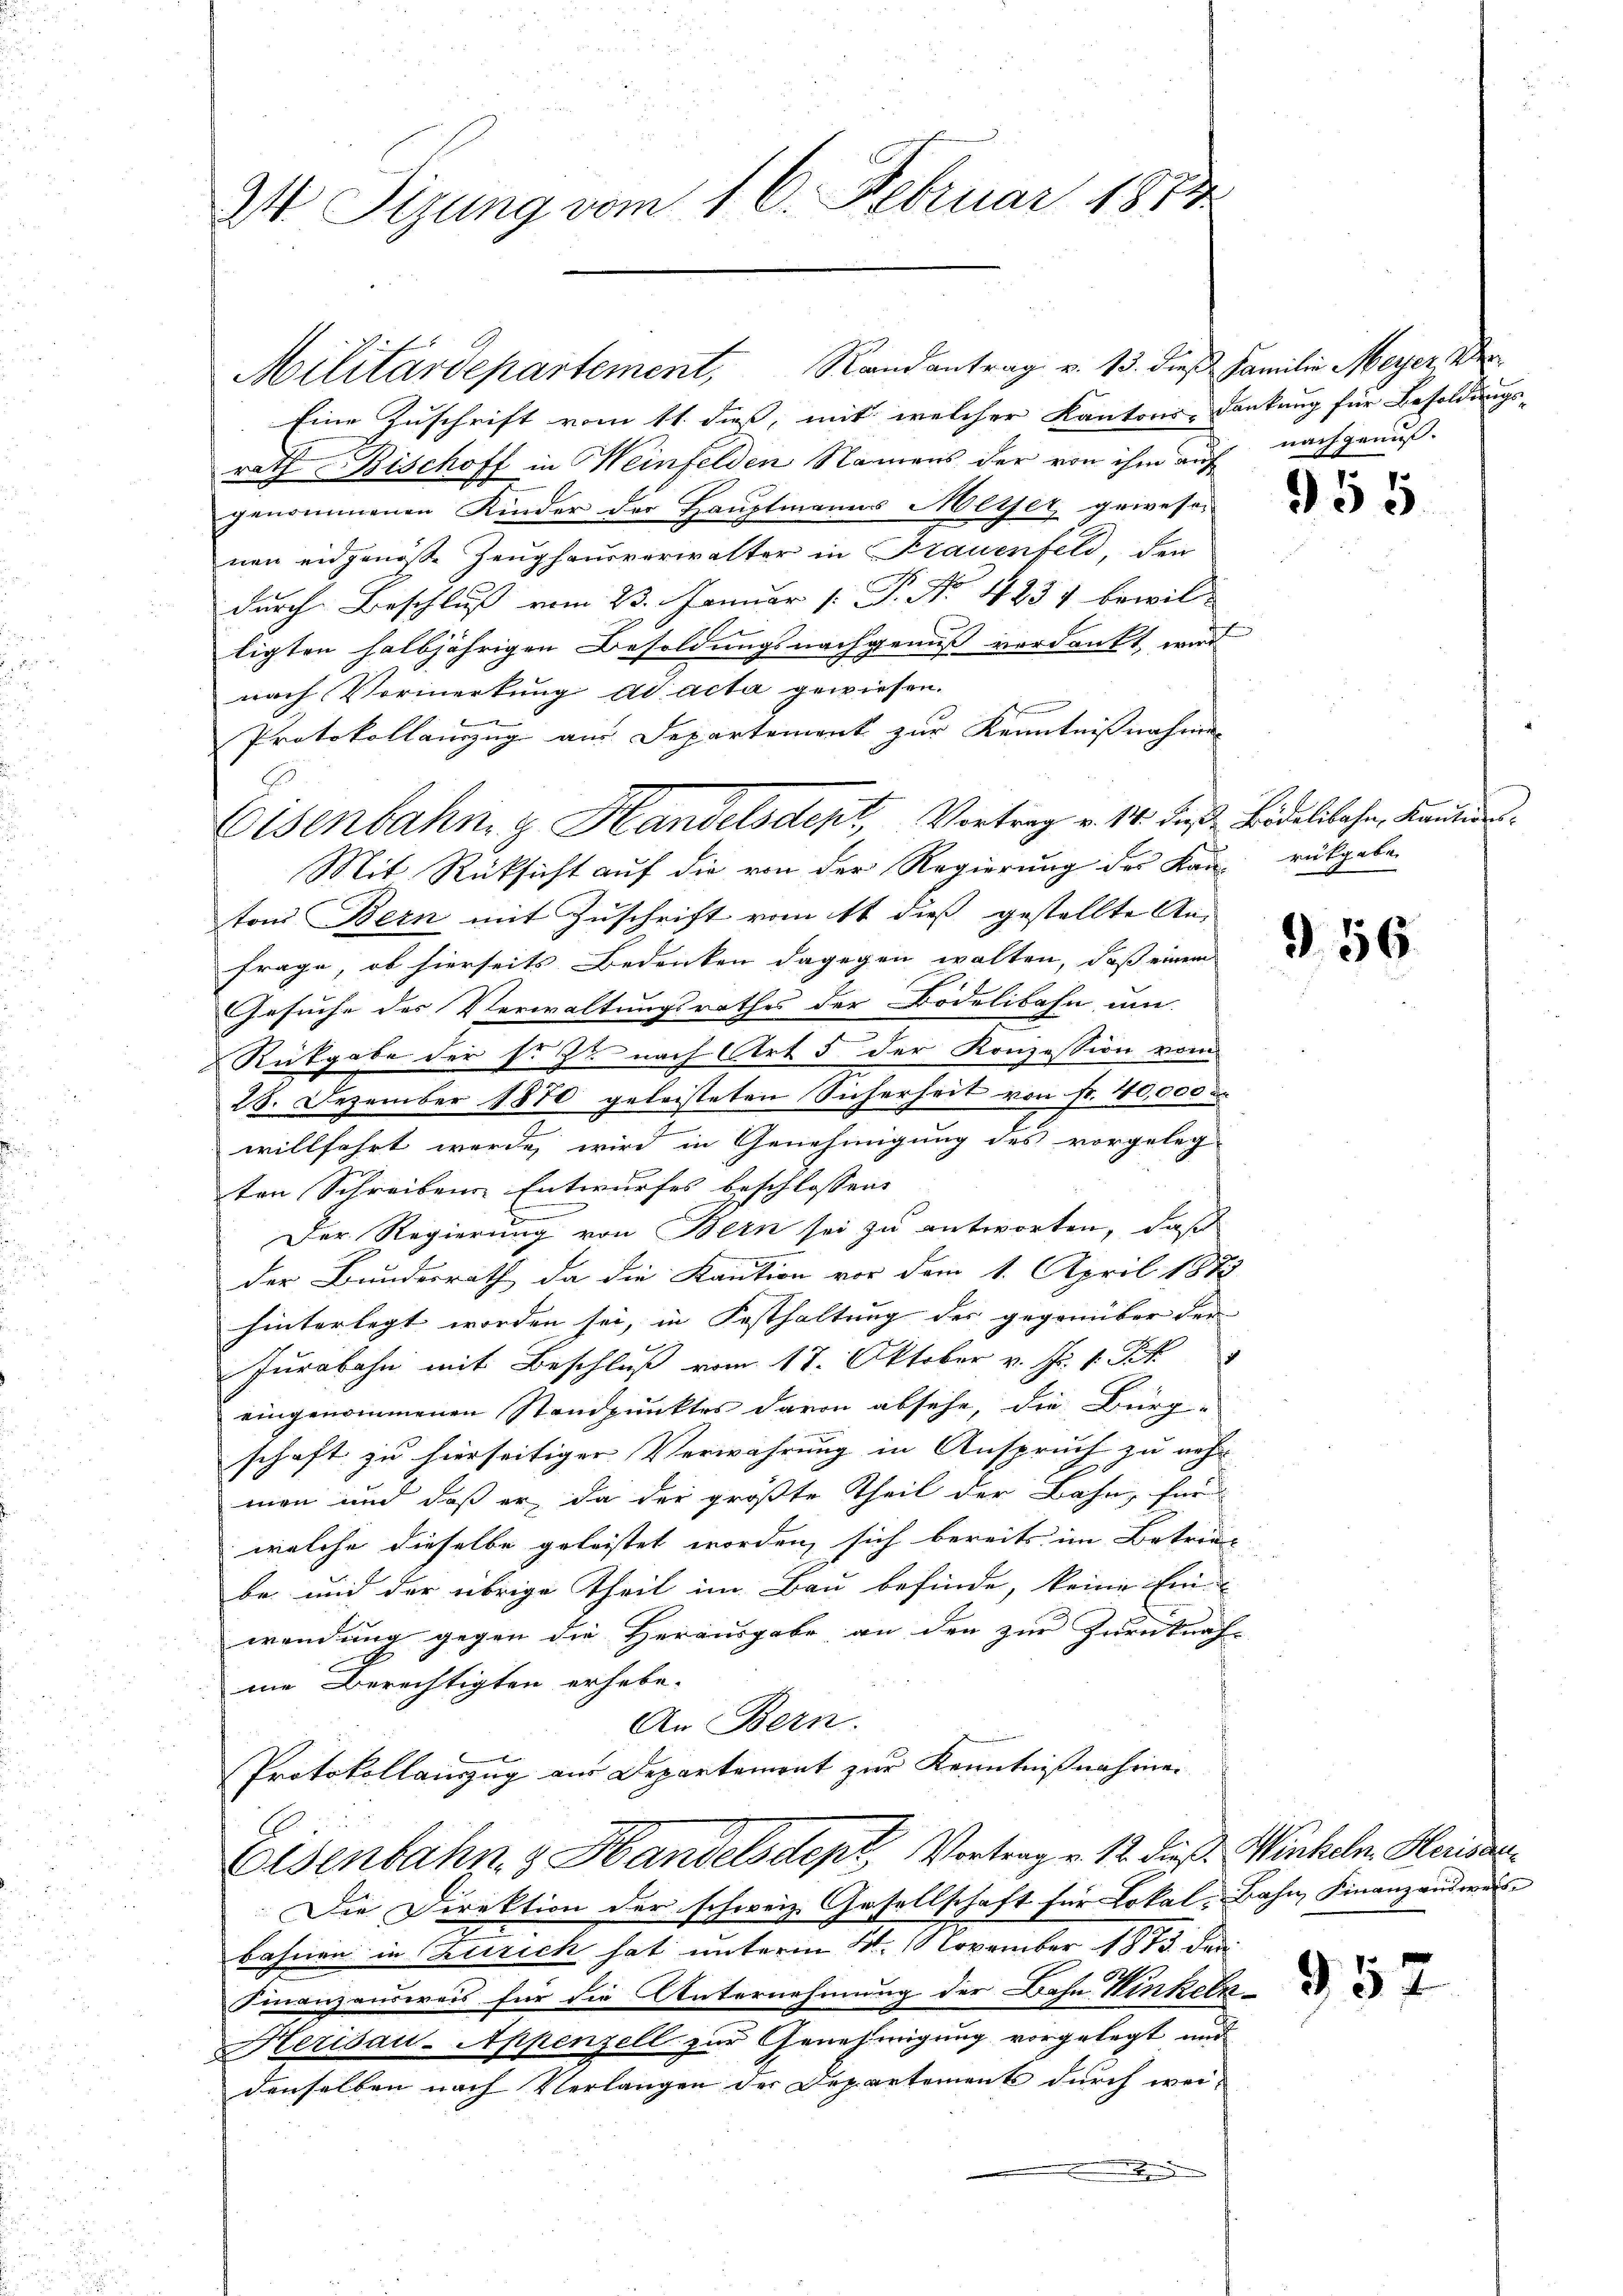
24. Sizung vom 16. Februar 1814

Eisenbahng Handelsdept, Vortrag v. 14. die Bidelibahn, Kantie

Militärdepartement, Randantrag v. 13. dieß Familien Meyer. Der
Eine Zuschrift vom 11. dieß, mit welcher Kantons- dankung für Besoldungs-
rath Bischoff in einfelden Namens der von ihm auf nachgenuß-
genommenen Kinder der Hauptmanns Meyer, gewesen
nen eidgenoße Zeughausverwalter in Frauenfeld, den
durch Beschluss vom 23. Januar [ P. Nr. 4231 bewil-
ligten halbjährigen Besoldungsnachgenuß verdankt, wird
nach Vormerkung ad acta gewiesen.
g
Protokollamzug aus Departement zur Kenntnißnahmen
Mit Rücksicht auf die von der Regierung des Kan rückgabe
tons Bern mit Zuschrift vom 11 dieß gestellte An-
frage, ob hierseits Bedenken dagegen walten, daß einem
Gesuche des Verwaltungsrathes der Bodelibahn, um
Rükgabe der s. Zt nach Art 5 der Konzession vom
28. Dezember 1870 geleisteten Sicherheit von Fr. 40,000 an
willfahrt werde, wird in Genehmigung des vorgeleg
ten Schreiben Entwurfes beschlossen,
—
.
Der Regierung von Bern sei zu antworten, daß
mnen
der Bundesrath da die Kaution vor dem 1. April 1872
hinterlegt worden sei, in Festhaltung der gegenüber der
o
Jurabahn mit Beschluß vom 17. Oktober v. Js. v. Pet
eingenommenen Standpunktes davon absehe, die Bürg-
schaft zu hierseitiger Verwahrung in Anspruch zu nehm
mon und daß er, da der größte Theil der Bahn, für
welche dieselbe geleistet worden, sich bereits im Betrie-
be und der übrige Theil im Bau befinde, keine Einwendung gegen die Herausgabe an den zur Zurücknaf-
me Berechtigten erhebe.
An Bern.
.
Protokollauszug aus Departement zur Kenntnißnahmen
Eisenbahn & Handelsdept, Vortrag v. 12. dieß. Winkeln. Heisen¬
Die Direktion der schweiz. Gesellschaft für Lokal, Bahn Finanzauswei
bahnen in Zürich hat unterm 21. November 1873 den
Finanzausweis für die Unternehmung der Bahn Winkeln
Herisau-Appenzell zur Genehmigung vorgelegt und
denselben nach Verlangen der Departements durch wei-
t

955

§ 56

952